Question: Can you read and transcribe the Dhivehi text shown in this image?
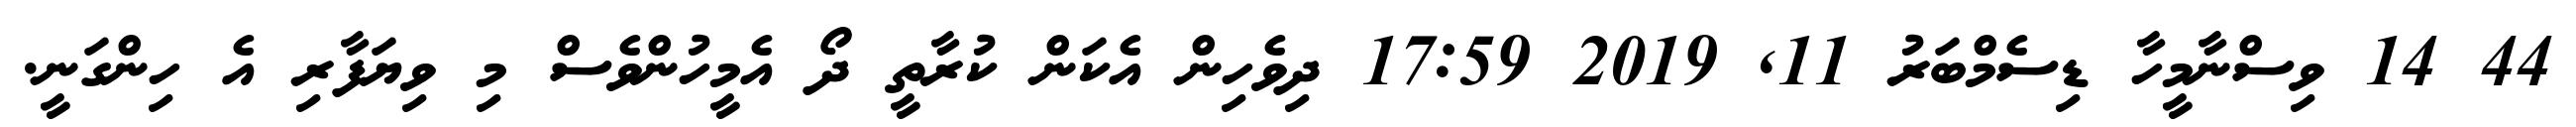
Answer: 44 14 ވިސްނާމީހާ ޑިސެމްބަރު 11, 2019 17:59 ދިވެހިން އެކަން ކުރާތީ ދޯ އެމީހުންވެސް މި ވިޔަފާރި އެ ހިންގަނީ.